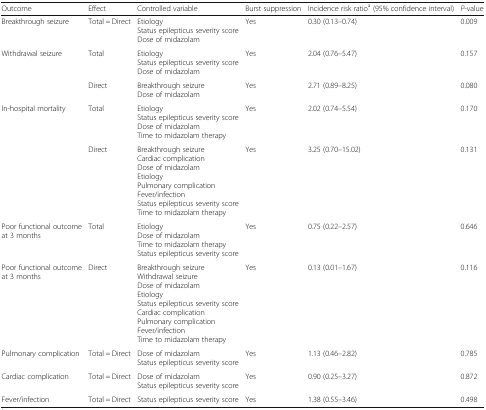
| Outcome | Effect | Controlled variable | Burst suppression | Incidence risk ratioa (95% confidence interval) | P-value |
 | --- | --- | --- | --- | --- | --- |
 | Breakthrough seizure | Total = Direct | EtiologyStatus epilepticus severity scoreDose of midazolam | Yes | 0.30 (0.13–0.74) | 0.009 |
 | <ROWSPAN=2> Withdrawal seizure | Total | EtiologyStatus epilepticus severity scoreDose of midazolam | Yes | 2.04 (0.76–5.47) | 0.157 |
 | Direct | Breakthrough seizureDose of midazolam | Yes | 2.71 (0.89–8.25) | 0.080 |
 | <ROWSPAN=2> In-hospital mortality | Total | EtiologyStatus epilepticus severity scoreDose of midazolamTime to midazolam therapy | Yes | 2.02 (0.74–5.54) | 0.170 |
 | Direct | Breakthrough seizureCardiac complicationDose of midazolamEtiologyPulmonary complicationFever/infectionStatus epilepticus severity scoreTime to midazolam therapy | Yes | 3.25 (0.70–15.02) | 0.131 |
 | Poor functional outcome at 3 months | Total | EtiologyDose of midazolamTime to midazolam therapyStatus epilepticus severity score | Yes | 0.75 (0.22–2.57) | 0.646 |
 | Poor functional outcome at 3 months | Direct | Breakthrough seizureWithdrawal seizureDose of midazolamEtiologyStatus epilepticus severity scoreCardiac complicationPulmonary complicationFever/infectionTime to midazolam therapy | Yes | 0.13 (0.01–1.67) | 0.116 |
 | Pulmonary complication | Total = Direct | Dose of midazolamStatus epilepticus severity score | Yes | 1.13 (0.46–2.82) | 0.785 |
 | Cardiac complication | Total = Direct | Dose of midazolamStatus epilepticus severity score | Yes | 0.90 (0.25–3.27) | 0.872 |
 | Fever/infection | Total = Direct | Status epilepticus severity score | Yes | 1.38 (0.55–3.46) | 0.498 |